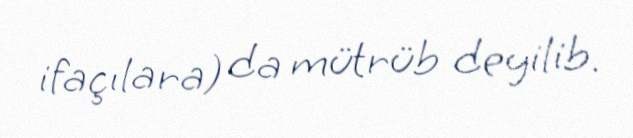
ifaçılara) da mütrüb deyilib.